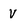
Character: V